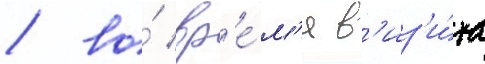
/ во́ вр'е́м'я в'из'и́та